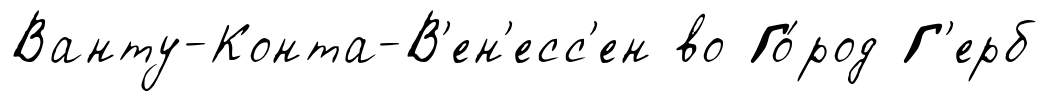
Ванту-Конта-В'ен'есс'ен во Го́род Г'ерб